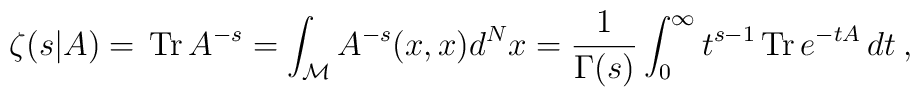
\zeta(s|A)=\,\mbox{Tr}\, A^{-s}=\int_{{\cal M}}A^{-s}(x,x) d^Nx =\frac{1}{\Gamma(s)}\int_{0}^{\infty}t^{s-1}\,\mbox{Tr}\, e^{-tA}\,dt \:,